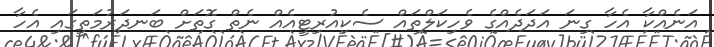
އަނެއްކާ އެހާ ގިނަ އަދަދެއްގެ ވެހިކަލްތައް ސެކިއުރިޓީއެއް ނެތް ގޮތަށް ބަނދަރުމަތީގައި އެހާ